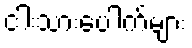
ငါးသားပေါက်များ